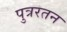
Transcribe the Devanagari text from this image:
पुत्ररतन